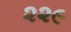
૨૨૯